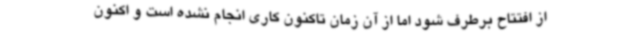
از افتتاح برطرف شود اما از آن زمان تاکنون کاری انجام نشده است و اکنون